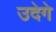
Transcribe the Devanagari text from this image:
उदेगे